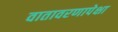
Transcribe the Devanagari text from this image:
वातावरणापेक्षा